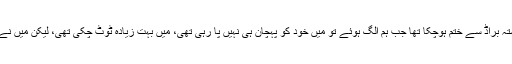
انجلینا جولی کا کہنا تھا کہ میرا رشتہ براڈ سے ختم ہوچکا تھا جب ہم الگ ہوئے تو میں خود کو پہچان ہی نہیں پا رہی تھی، میں بہت زیادہ ٹوٹ چکی تھی، لیکن میں نے اس تجربے سے بہت کچھ سیکھا۔